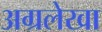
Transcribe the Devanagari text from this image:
अग्रलेखा